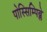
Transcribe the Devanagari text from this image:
पोस्सिम्पिब्ले